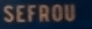
SEFROU